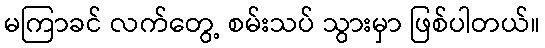
မကြာခင် လက်တွေ့ စမ်းသပ် သွားမှာ ဖြစ်ပါတယ်။